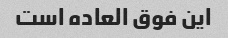
این فوق العاده است